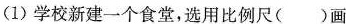
1.选择。(1)学校新建一个食堂，选用比例尺()画